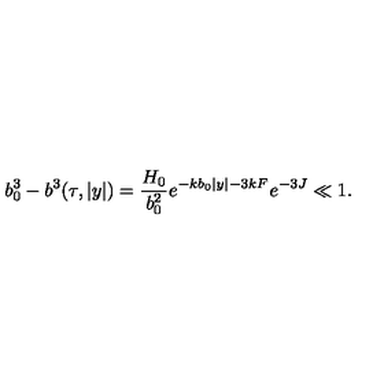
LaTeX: b _ { 0 } ^ { 3 } - b ^ { 3 } ( \tau , | y | ) = \frac { H _ { 0 } } { b _ { 0 } ^ { 2 } } e ^ { - k b _ { 0 } | y | - 3 k F } e ^ { - 3 J } \ll 1 .